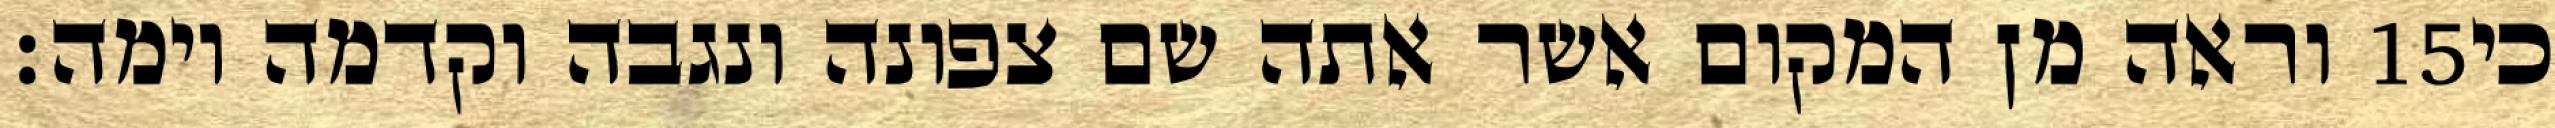
וראה מן המקום אשר אתה שם צפונה ונגבה וקדמה וימה׃ ‎15‏ כי